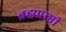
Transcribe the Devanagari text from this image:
ब्रह्मप्राप्ती